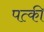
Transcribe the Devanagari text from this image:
पत्‍की